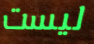
ليست